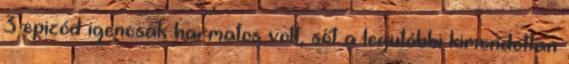
3 epizód igencsak harmatos volt, sőt a legutóbbi kimondottan